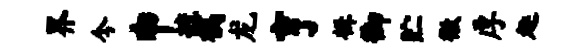
界今申摭槁龙亨楫御贮徼厚趣